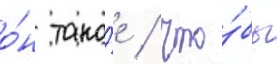
о́н тако́е / что́бы